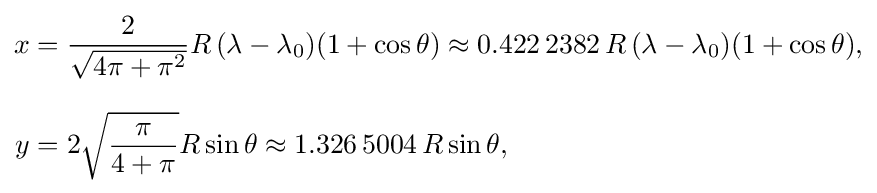
{\begin{aligned}x&={\frac {2}{\sqrt {4\pi +\pi ^{2}}}}R\,(\lambda -\lambda _{0})(1+\cos \theta )\approx 0.422\,2382\,R\,(\lambda -\lambda _{0})(1+\cos \theta ),\\[8pt]y&=2{\sqrt {\frac {\pi }{4+\pi }}}R\sin \theta \approx 1.326\,5004\,R\sin \theta ,\end{aligned}}